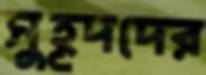
সুহূদদের